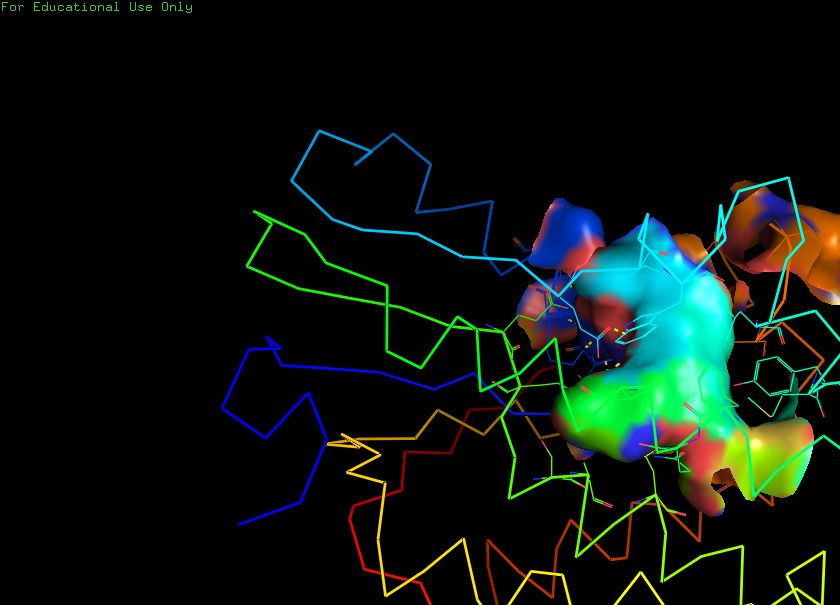
pymol, preset, ligand_sites